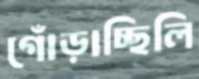
গোঁড়াচ্ছিলি